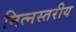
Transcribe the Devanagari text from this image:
नित्नस्तरीय